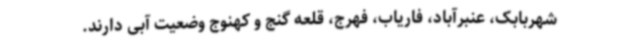
شهربابک، عنبرآباد، فاریاب، فهرج، قلعه گنج و کهنوج وضعیت آبی دارند.